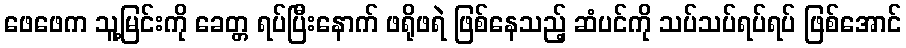
ဖေဖေက သူ့မြင်းကို ခေတ္တ ရပ်ပြီးနောက် ဖရိုဖရဲ ဖြစ်နေသည့် ဆံပင်ကို သပ်သပ်ရပ်ရပ် ဖြစ်အောင်